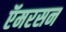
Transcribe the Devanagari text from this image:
ऍमरसन